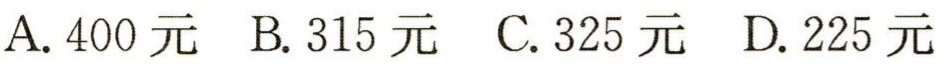
A. 400元  B. 315元  C. 325元  D. 225元